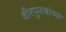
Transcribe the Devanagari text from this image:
वीरपुरुषांच्या